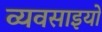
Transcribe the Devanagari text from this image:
व्यवसाइयों